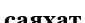
саяхат